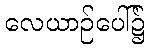
လေယာဉ်ပေါ်၌